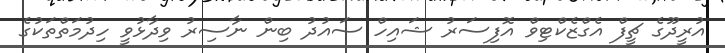
އުރީދޫގެ ޗީފް އެގްޒެކްޓިވް އޮފިސަރު ޝައިހް ސައުދު ބިން ނާސިރު ވިދާޅުވީ ހިދުމަތްތަކުގެ